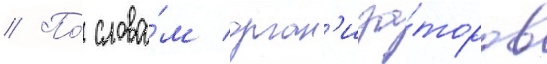
// По́ слова́м орган'иза́торов